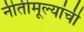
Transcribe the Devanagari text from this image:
नीतीमूल्यांची